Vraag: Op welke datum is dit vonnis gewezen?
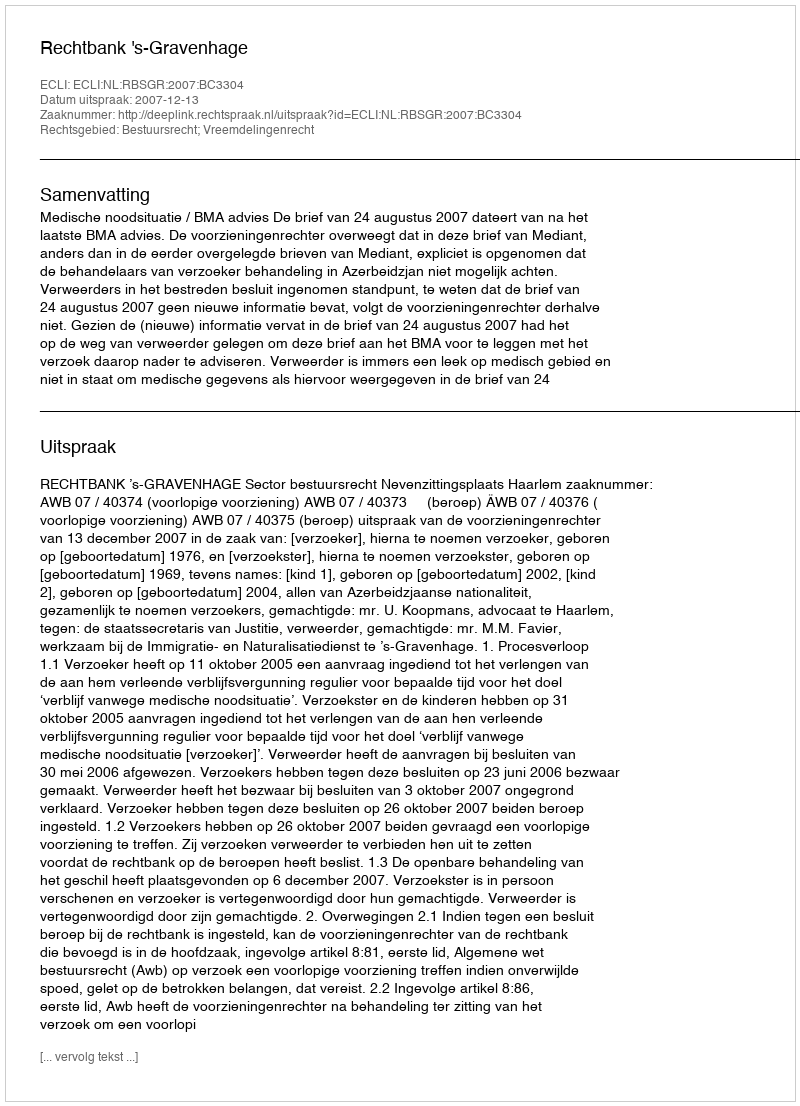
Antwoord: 2007-12-13